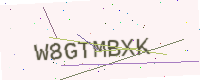
Text: W8GTMBXK